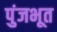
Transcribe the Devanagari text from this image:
पुंजभूत